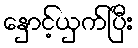
နှောင့်ယှက်ပြီး